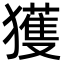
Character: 獲